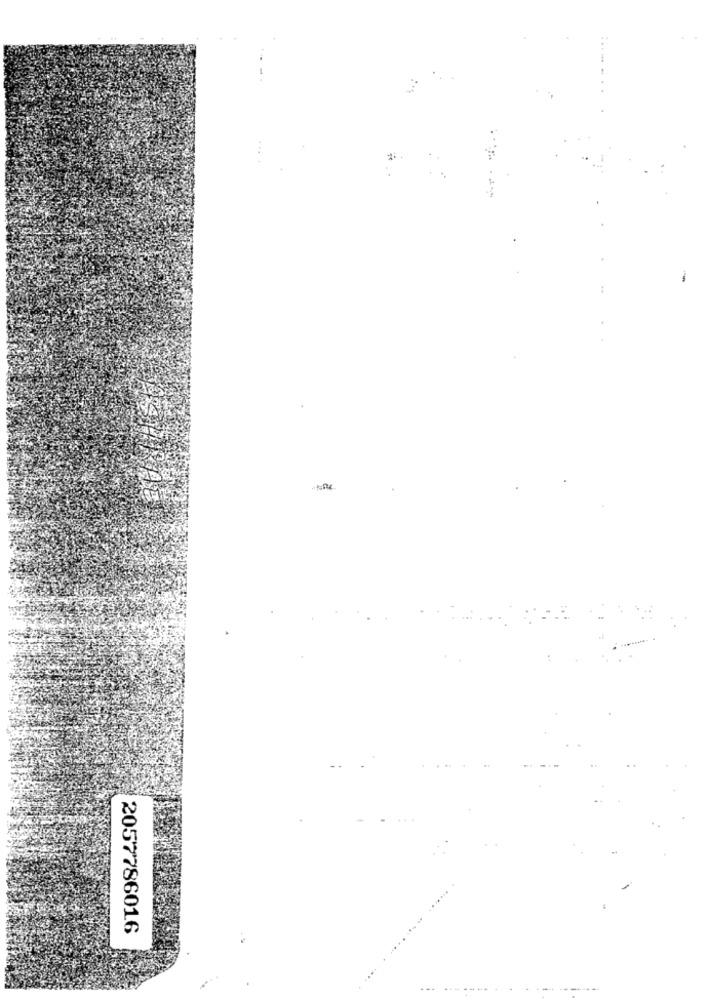
...... . .
----
2057786016